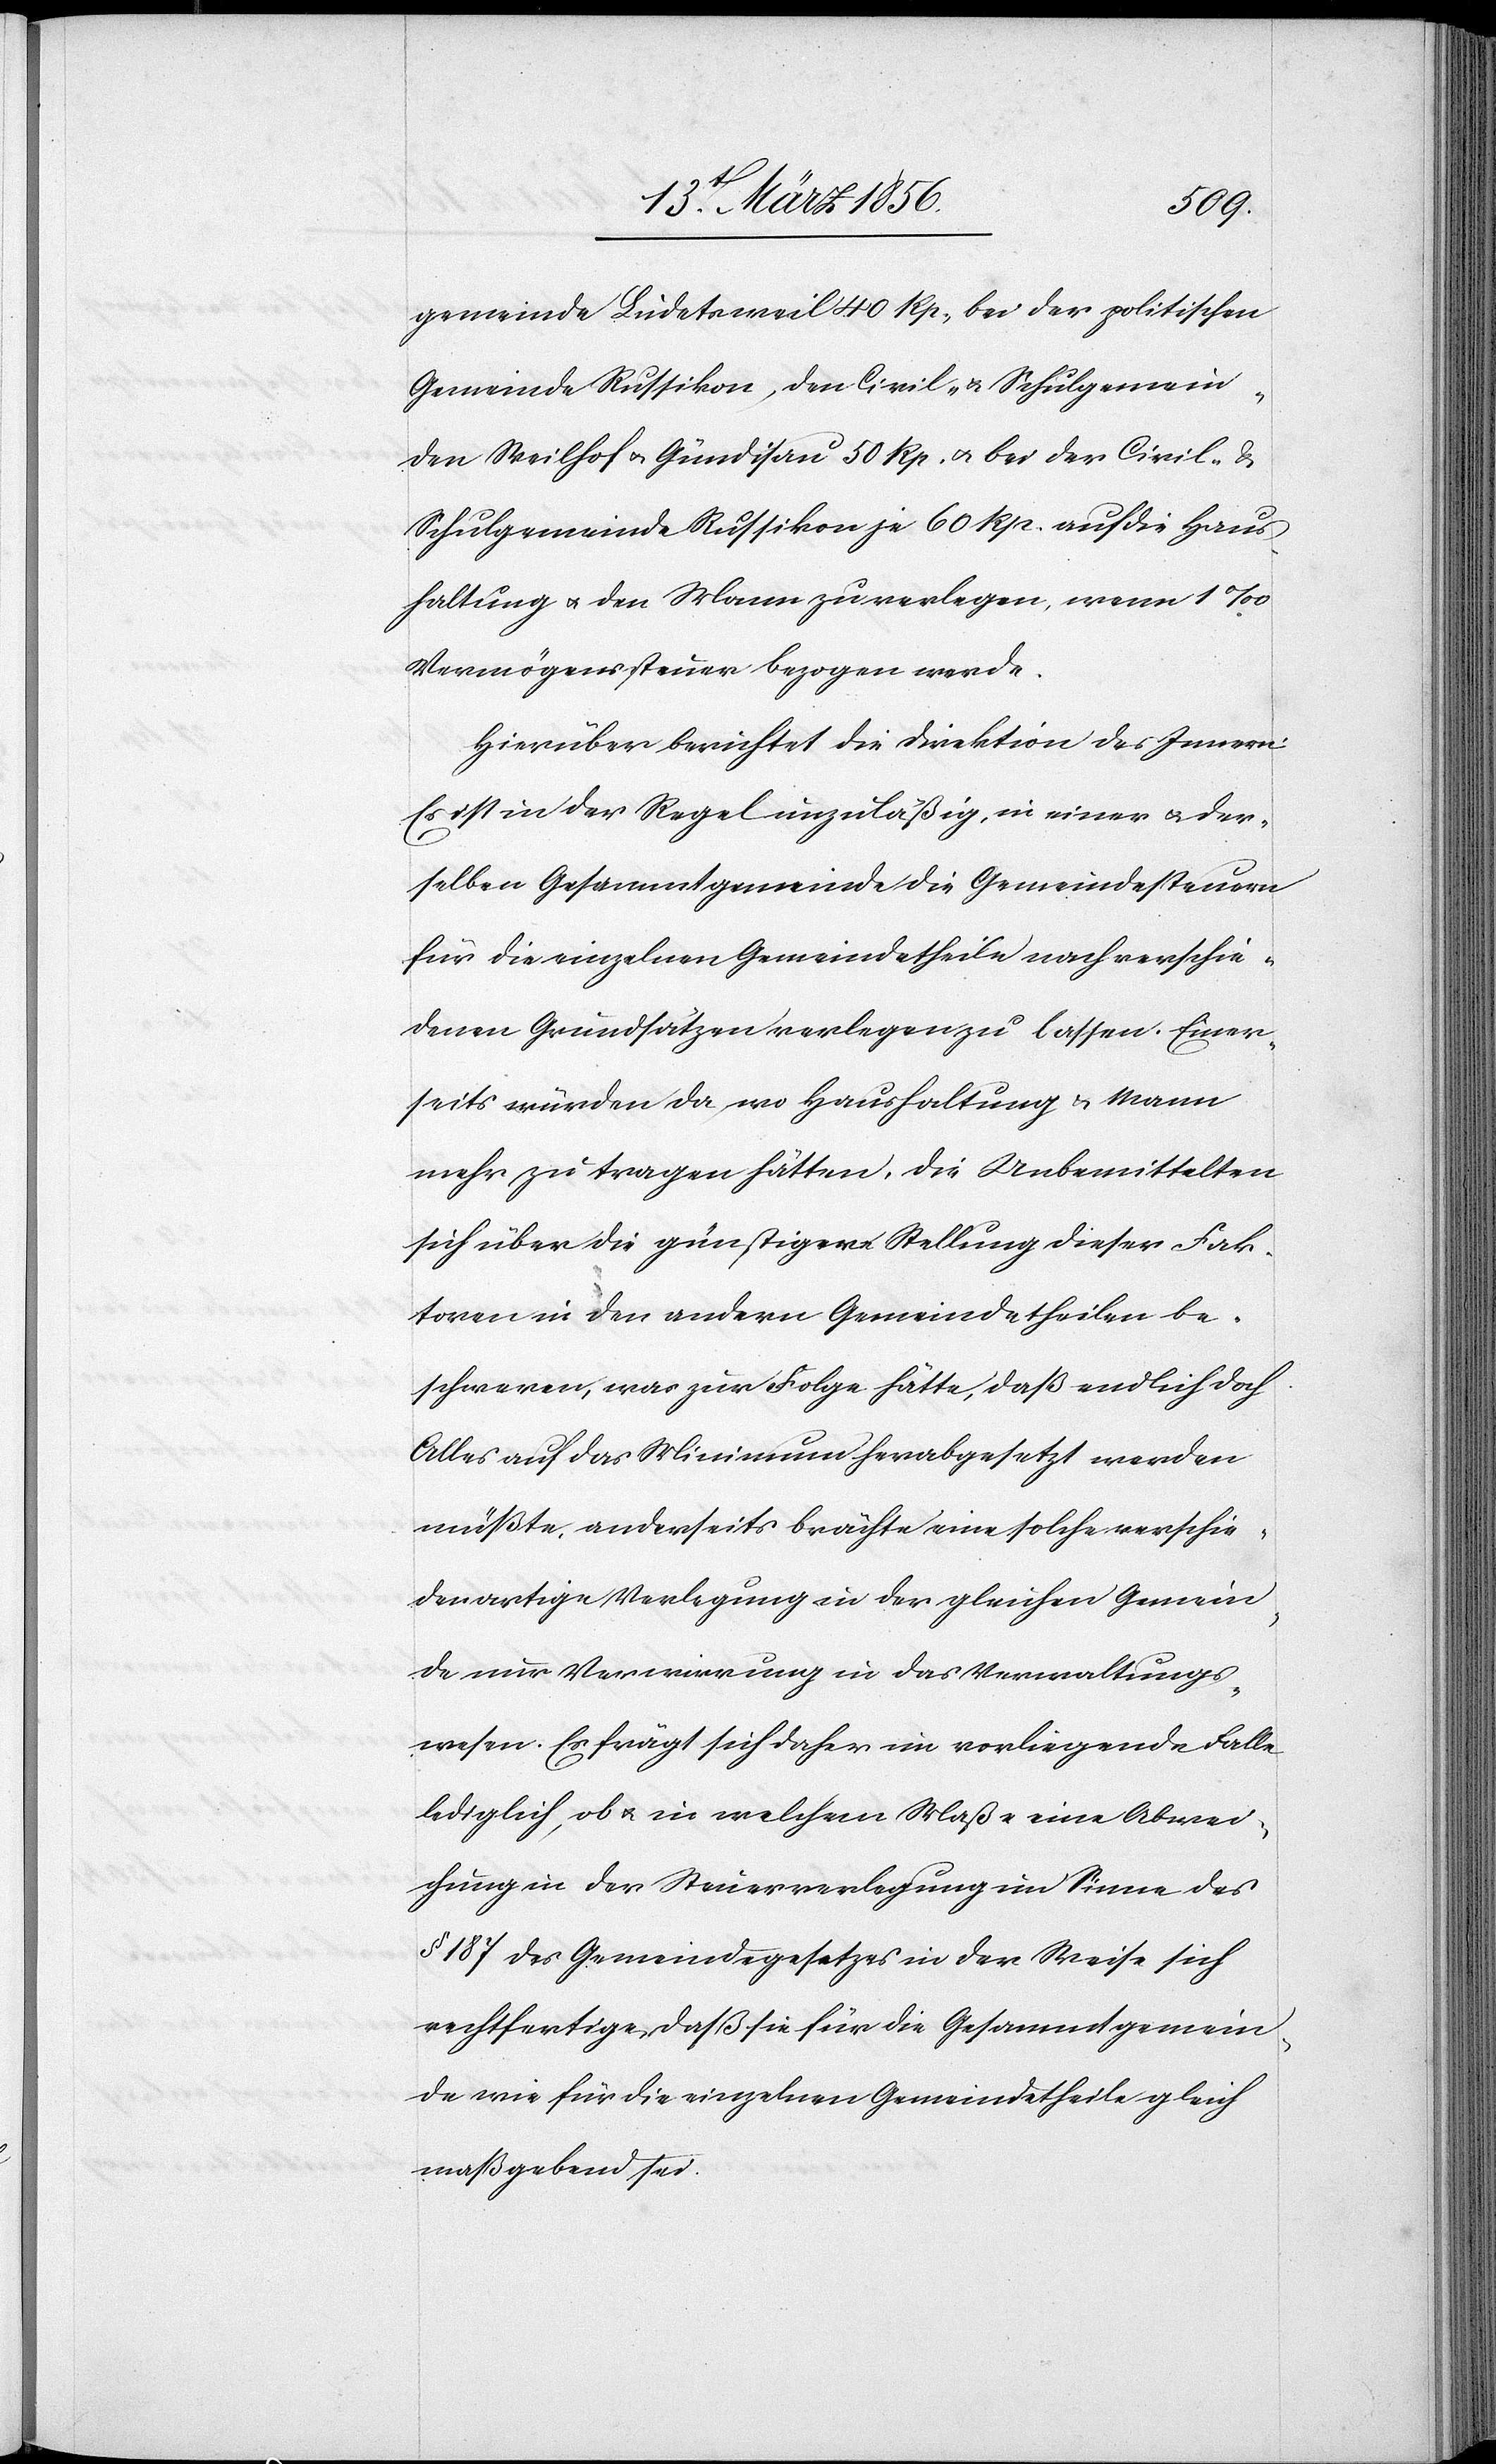
gemeinde Ludetsweil 40 Rp., bei der politischen
Gemeinde Russikon, den Civil- & Schulgemein¬
den Weilhof [sic!] u. Gündisau 50 Rp. u. bei der Civil- &
Schulgemeinde Russikon je 60 Rp. auf die Haus¬
haltung u. den Mann zu verlegen, wenn 1‰
Vermögenssteuer bezogen werde.
Hierüber berichtet die Direktion des Innern:
Es ist in der Regel unzuläßig, in einer u. der¬
selben Gesammtgemeinde die Gemeindesteuern
für die einzelnen Gemeindetheile nach verschie¬
denen Grundsätzen verlegen zu lassen. Einer¬
seits würden da, wo Haushaltung & Mann
mehr zu tragen hätten, die Unbemittelten
sich über die günstigere Stellung dieser Fak¬
toren in den andern Gemeindetheilen be¬
schweren, was zur Folge hätte, daß endlich doch
Alles auf das Minimum herabgesetzt werden
müßte, anderseits brächte eine solche verschie¬
denartige Verlegung in der gleichen Gemein¬
de nur Verwirrung in das Verwaltungs¬
wesen. Es frägt sich daher im vorliegende Falle
lediglich, ob u. in welchem Maße eine Abwei¬
chung in der Steuerverlegung im Sinne des
§ 187 des Gemeindegesetzes in der Weise sich
rechtfertige, daß sie für die Gesammtgemein¬
de wie für die einzelnen Gemeindetheile gleich
maßgebend sei.